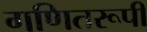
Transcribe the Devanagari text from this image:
गणितरूपी